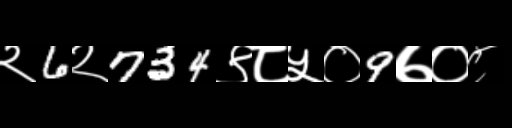
Text: २6२734९८५०9७०८